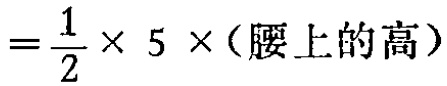
$=\frac{1}{2} \times 5\times(腰上的高)$